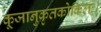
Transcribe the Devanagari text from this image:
कूजानुकृतकोकिलः।